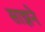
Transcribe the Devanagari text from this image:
साझने